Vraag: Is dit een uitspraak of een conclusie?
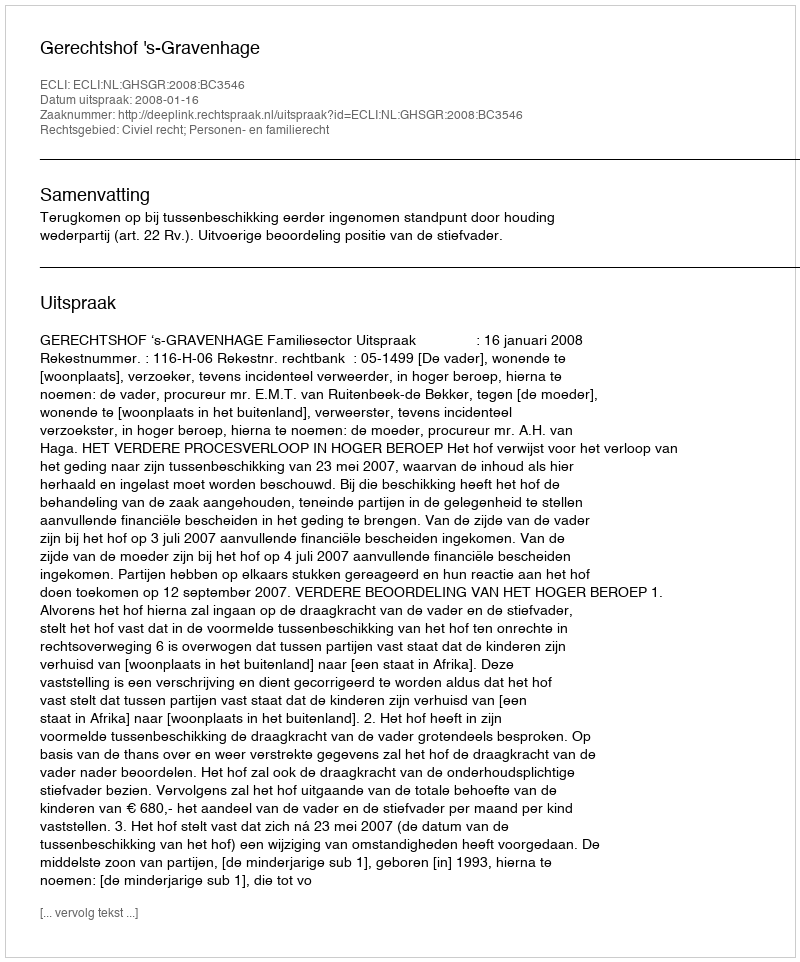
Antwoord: Uitspraak